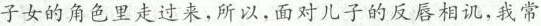
子女的角色里走出来，所以，面对儿子的反唇相讥，我常